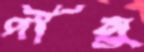
দীনু